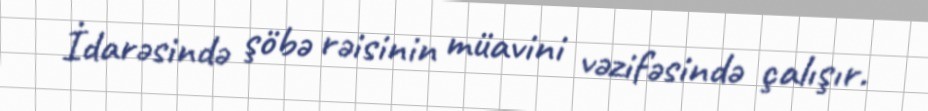
İdarəsində şöbə rəisinin müavini vəzifəsində çalışır.